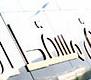
مسفط